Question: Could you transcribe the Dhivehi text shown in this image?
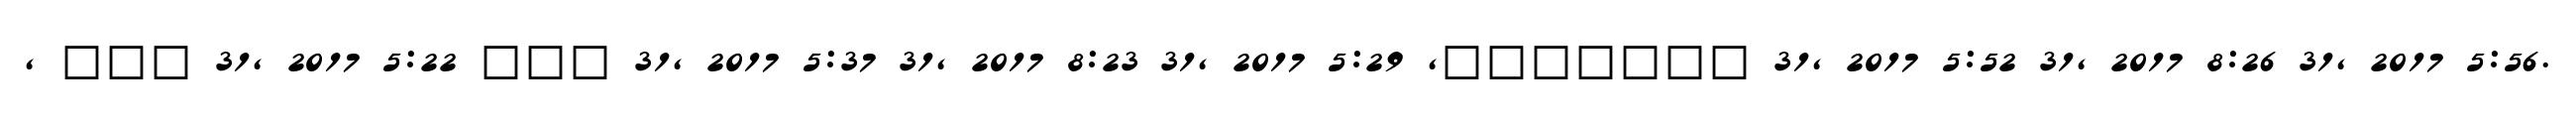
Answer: , ??? 31, 2017 5:22 ??? 31, 2017 5:37 31, 2017 8:23 31, 2017 5:29 ,??????? 31, 2017 5:52 31, 2017 8:26 31, 2017 5:56.